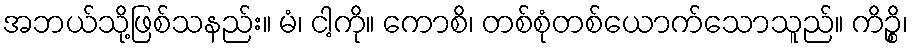
အဘယ်သို့ဖြစ်သနည်း။ မံ၊ ငါ့ကို။ ကောစိ၊ တစ်စုံတစ်ယောက်သောသူည်။ ကိဉ္စိ၊